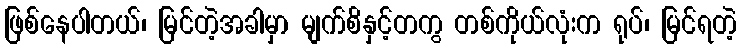
ဖြစ်နေပါတယ်၊ မြင်တဲ့အခါမှာ မျက်စိနှင့်တကွ တစ်ကိုယ်လုံးက ရုပ်၊ မြင်ရတဲ့